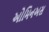
ઓમિનઅસ